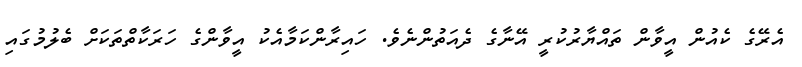
އެރޭގެ ކެއުން އީވާން ތައްޔާރުކުރީ އޭނާގެ ދެއަތުންނެވެ. ހައިރާންކަމާއެކު އީވާންގެ ހަރަކާތްތަކަށް ބެލުމުގައި